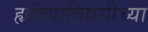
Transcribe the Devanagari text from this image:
ह्यांच्याविषयीच्या